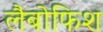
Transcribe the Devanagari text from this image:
लैबोफिश